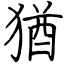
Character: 猶